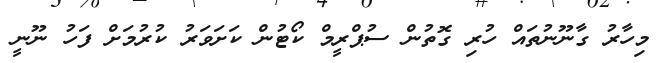
މިހާރު ގާނޫނުތައް ހުރި ގޮތުން ސުޕްރީމް ކޯޓުން ކަށަވަރު ކުރުމަށް ފަހު ނޫނީ